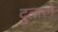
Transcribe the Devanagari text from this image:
दुलारने